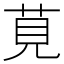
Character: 莧